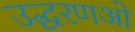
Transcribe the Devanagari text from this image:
उद्धरणओं